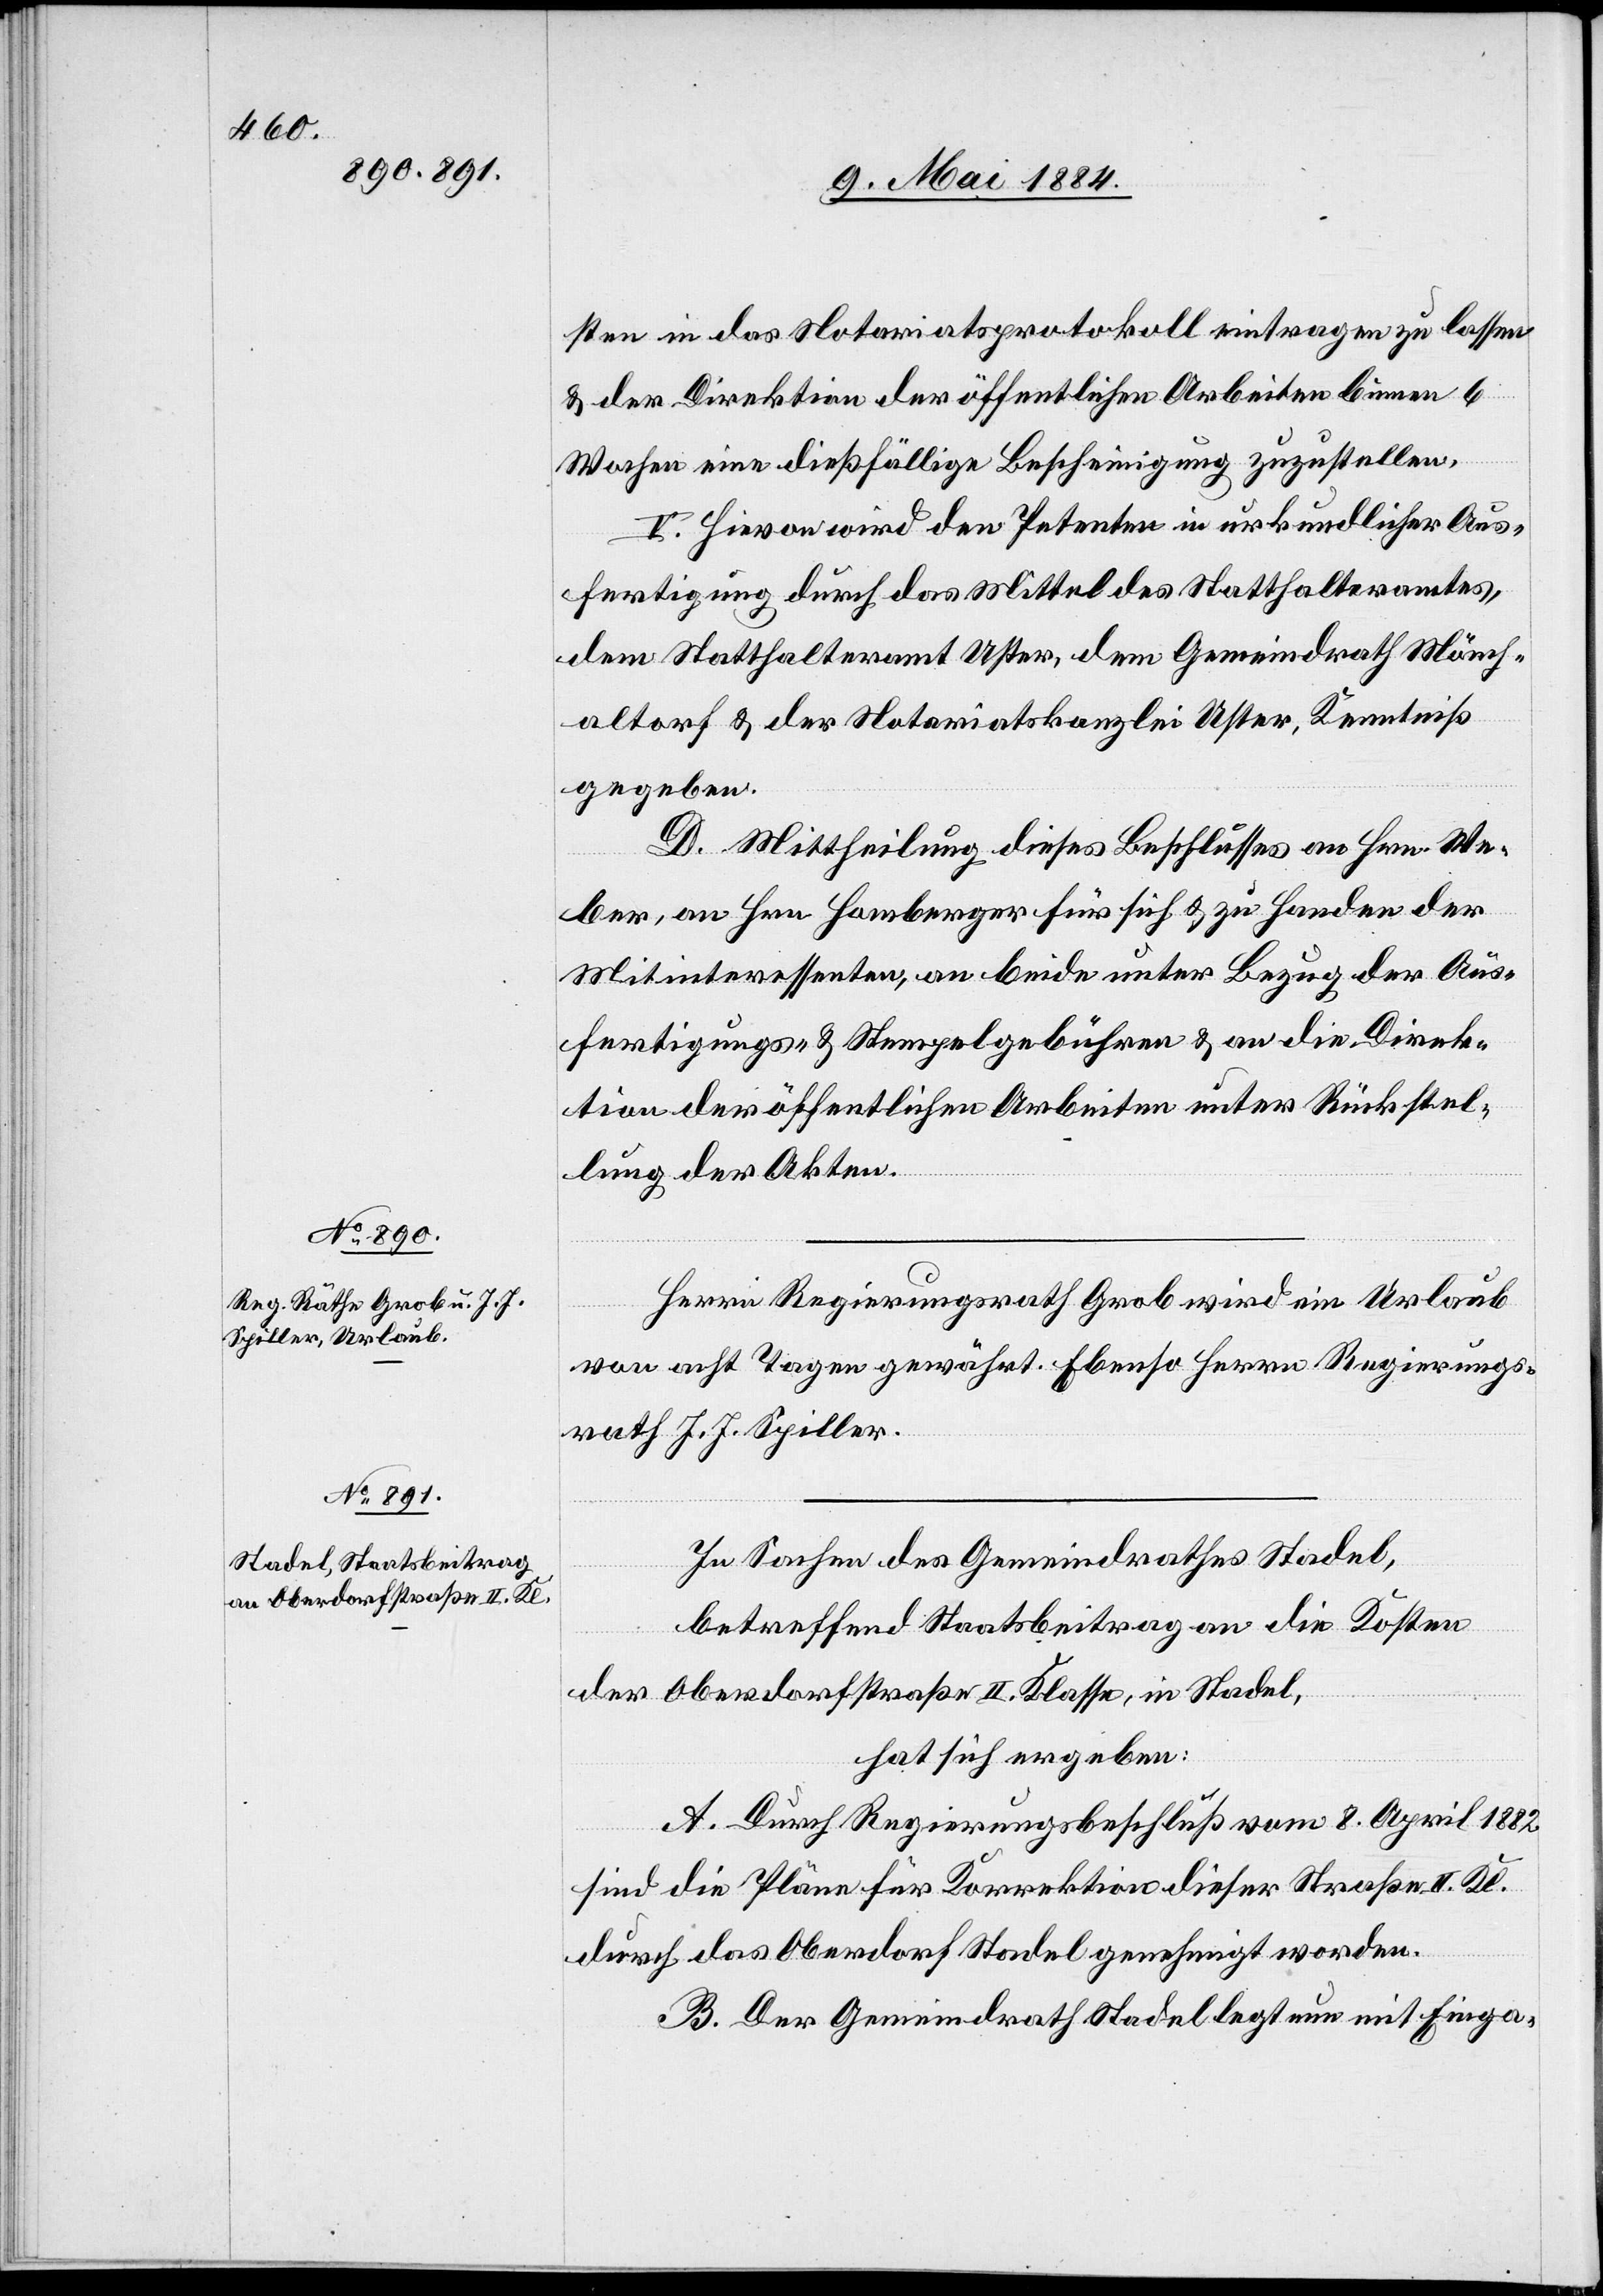
Herrn Regierungsrath Grob wird ein Urlaub
von acht Tagen gewährt. Ebenso Herrn Regierungs¬
rath J. J. Spiller.
In Sachen des Gemeindrathes Stadel,
betreffend Staatsbeitrag an die Kosten
der Oberdorfstraße II. Klasse, in Stadel,
hat sich ergeben:
A. Durch Regierungsbeschluß vom 8. April 1882
sind die Pläne für Korrektion dieser Straße II. Kl.
durch das Oberdorf Stadel genehmigt worden.
B. Der Gemeindrath Stadel legt nun mit Einga-